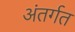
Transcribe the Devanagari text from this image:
अंतर्गत